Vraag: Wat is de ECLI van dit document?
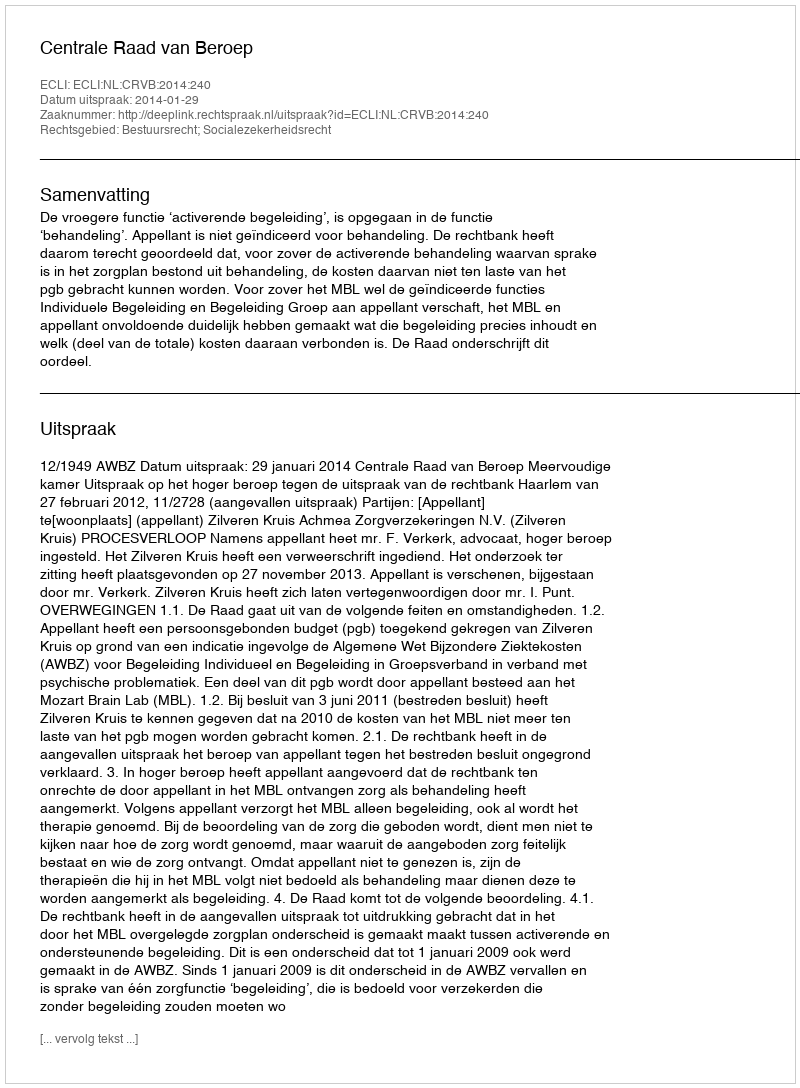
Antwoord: ECLI:NL:CRVB:2014:240